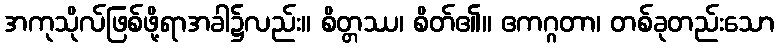
အကုသိုလ်ဖြစ်ဖို့ရာအခါ၌လည်း။ စိတ္တဿ၊ စိတ်၏။ ဧကဂ္ဂတာ၊ တစ်ခုတည်းသော